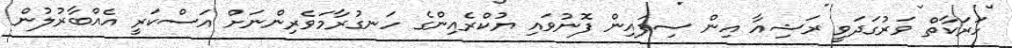
ހަރަކާތް ވަރުގަދަވީ ރަޝިއާ އިން ސިފައިން ފޮނުވައި ޔުކްރެއިންގެ ހަނގުރާމަވެރިންނަށް އަސްކަރީ އެއްބާރުލުން